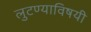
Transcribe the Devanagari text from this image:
लुटण्याविषयी